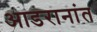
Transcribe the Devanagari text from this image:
आडरानांत